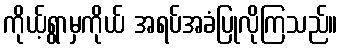
ကိုယ့်ရွာမှကိုယ် အရပ်အခံပြုလိုကြသည်။